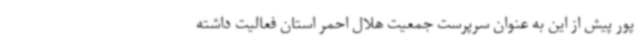
پور پیش از این به عنوان سرپرست جمعیت هلال احمر استان فعالیت داشته